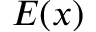
E ( x )